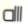
اااه